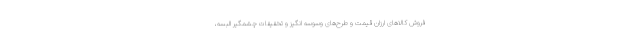
فروش کالاهای ارزان قیمت و طرح‌های وسوسه انگیز و تخفیفات چشمگیر البسه،